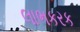
લાભકરક